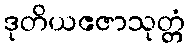
ဒုတိယဧဇာသုတ္တံ